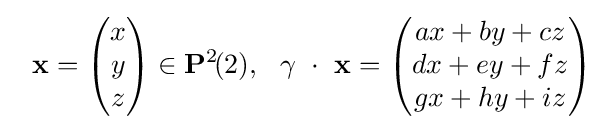
\ \ \mathbf {x} ={\begin{pmatrix}x\\y\\z\end{pmatrix}}\in \mathbf {P} ^{2}\!(2),\ \ \gamma \ \cdot \ \mathbf {x} ={\begin{pmatrix}ax+by+cz\\dx+ey+fz\\gx+hy+iz\end{pmatrix}}